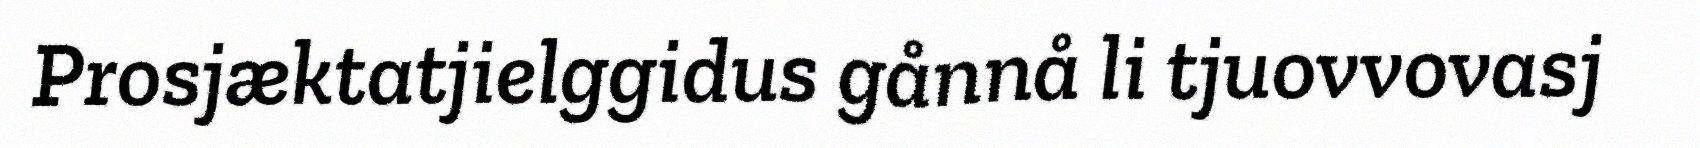
Prosjæktatjielggidus gånnå li tjuovvovasj